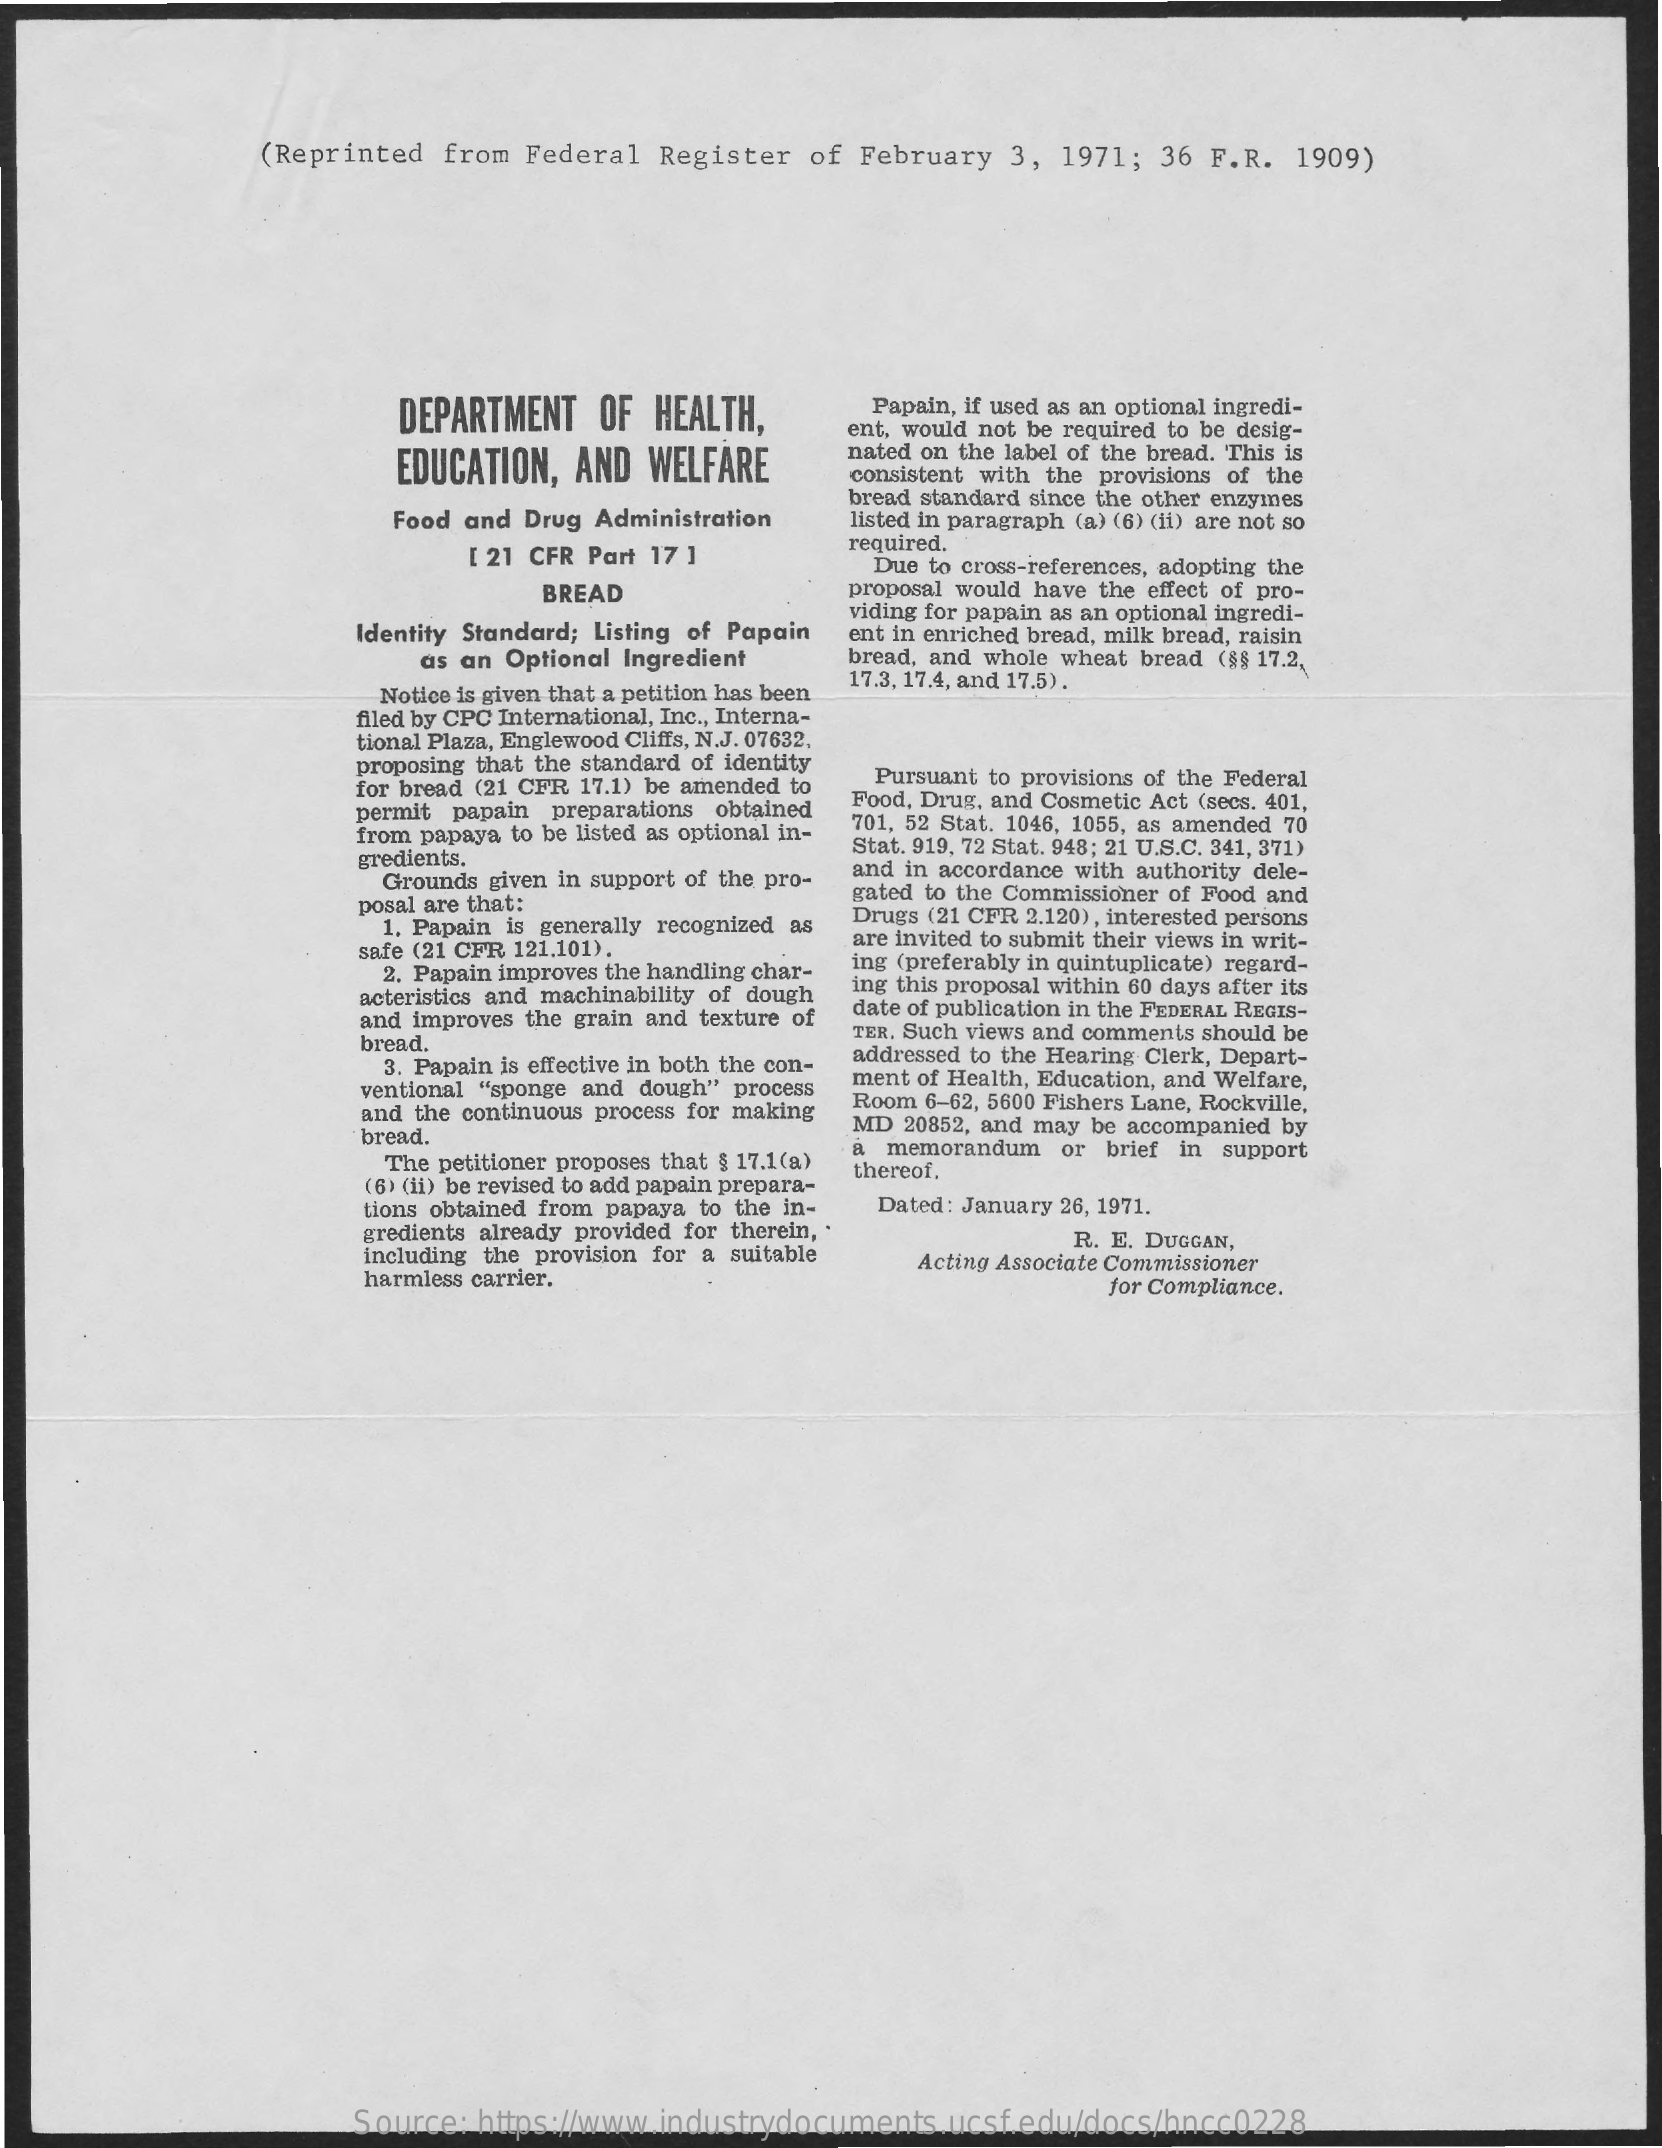
(Reprinted   from  Federal   Register  of  February   3,  1971;  36 F.R.   1909)
     DEPARTMENT    OF  HEALTH,    Papain, if used as an optional ingredi-
     ent, would not be required to be desig-
     EDUCATION,  AND   WELFARE    nated on the label of the bread. This is
     consistent with the provisions of the
     Food and Drug Administration
     bread standard since the other enzymes
     listed in paragraph (a) (6) (il) are not so
     [ 21 CFR Part 17 ]    required.
     Due to cross-references, adopting the
     BREAD    proposal would have the effect of pro-
     Identity Standard; Listing of Papain
     viding for papain as an optional ingredi-
     ent in enriched bread, milk bread, raisin
     as an Optional Ingredient    bread, and whole wheat bread (s$ 17.2.
     Notice is given that a petition has been
     17.3, 17,4, and 17.5) .
     filed by CPC International, Inc ., Interna-
     tional Plaza, Englewood Cliffs, N.J. 07632.
     proposing that the standard of identity
     for bread (21 CFR 17.1) be amended to Pursuant to provisions of the Federal
     permit papain preparations obtained Food, Drug, and Cosmetic Act (secs. 401,
     from papaya to be listed as optional in-
     701, 52 Stat. 1046, 1055, as amended 70
     gredients.
     Stat. 919, 72 Stat. 948; 21 U.S.C. 341, 371)
     Grounds given in support of the pro- and in accordance with authority dele-
     posal are that:    gated to the Commissioner of Food and
     1. Papain is generally recognized as
     Drugs (21 CFR 2.120) , interested persons
     safe (21 CFR 121,101).    are invited to submit their views in writ-
     2. Papain improves the handling char- ing (preferably in quintuplicate) regard-
     acteristics and machinability of dough ing this proposal within 60 days after its
     and improves the grain and texture of date of publication in the FEDERAL REGIS-
     bread.    TER. Such views and comments should be
     3. Papain is effective in both the con-
     addressed to the Hearing Clerk, Depart-
     ventional "sponge and dough" process ment of Health, Education, and Welfare,
     and the continuous process for making Room 6-62, 5600 Fishers Lane, Rockville,
     bread.
     MD  20852, and may be accompanied by
     The petitioner proposes that $ 17.1(a)
     a memorandum   or brief in support
     (6) (ii) be revised to add papain prepara-
     thereof.
     tions obtained from papaya to the in- Dated: January 26, 1971.
     gredients already provided for therein,
     including the provision for a suitable
     R. E. DUGGAN,
     harmless carrier.
     Acting Associate Commissioner
     for Compliance.
     Source:  https://www.industrydocuments.ucsf.edu/docs/hncc0228